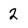
Character: 2